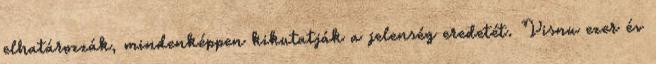
elhatározzák, mindenképpen kikutatják a jelenség eredetét. Visnu ezer év